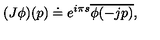
( J \phi ) ( p ) \doteq e ^ { i \pi s } \overline { { \phi ( - j p ) } } ,